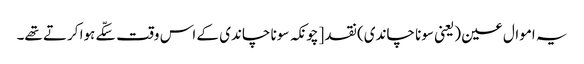
یہ اموال عین (یعنی سونا چاندی) نقد [چونکہ سونا چاندی کے اس وقت سکّے ہوا کرتے تھے۔